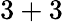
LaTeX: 3+3